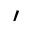
^ \prime